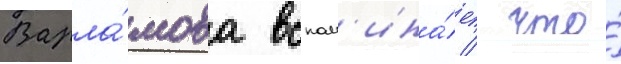
Варла́мова вспом'ина́ет / что́